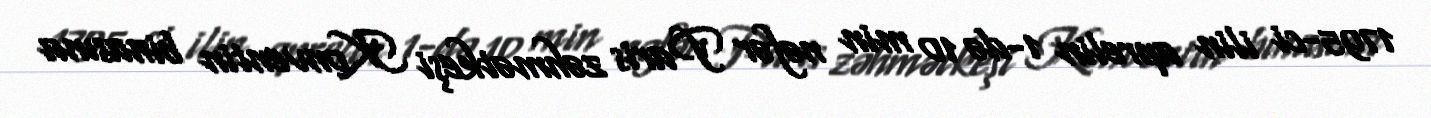
1795-ci ilin aprelin 1-də 10 min nəfər Paris zəhmətkeşi Konventin binasına